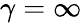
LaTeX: \gamma=\infty